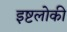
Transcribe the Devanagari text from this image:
इष्टलोकी